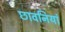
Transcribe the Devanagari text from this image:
छावनियां